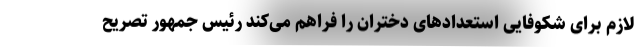
لازم برای شکوفایی استعدادهای دختران را فراهم می‌کند رئیس جمهور تصریح